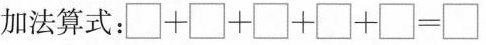
加法算式：$$\Box + \Box + \Box + \Box + \Box = \Box$$